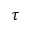
\tau